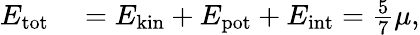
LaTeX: \begin{array}{rl}{E_{\mathrm{tot}}}&{{}=E_{\mathrm{kin}}+E_{\mathrm{pot}}+E_{\mathrm{int}}=\frac{5}{7}\mu,}\end{array}